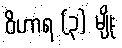
ဝိဟာရ (၃) မျိုး